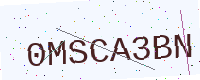
Text: 0MSCA3BN